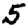
Digit: 5